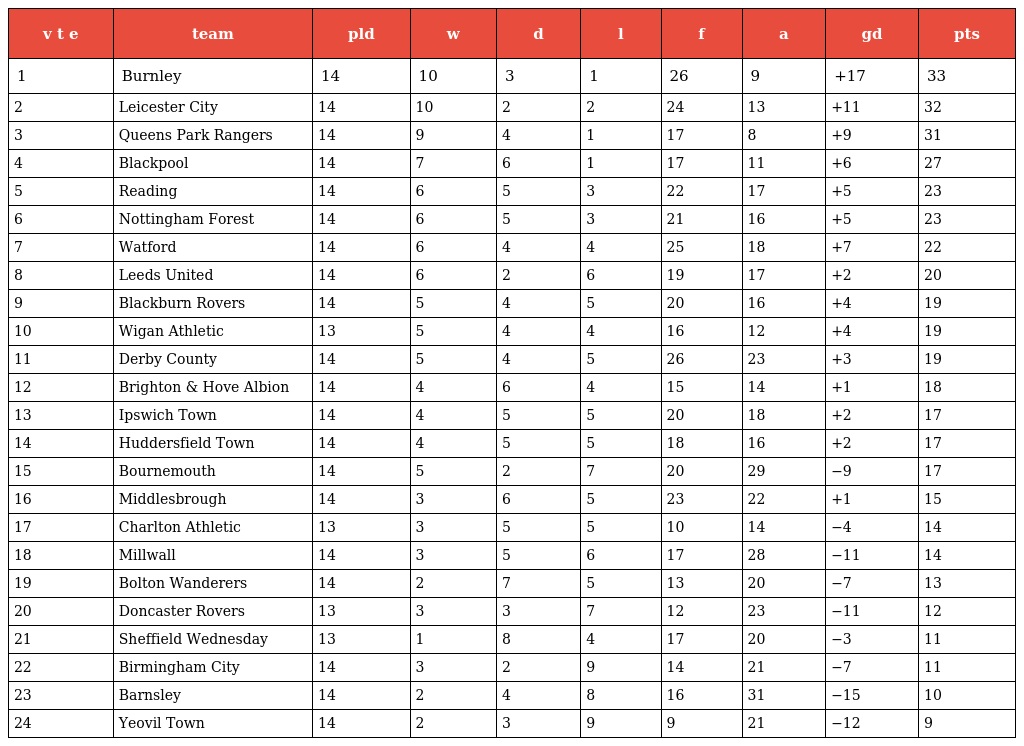
| v t e | team | pld | w | d | l | f | a | gd | pts |
 | --- | --- | --- | --- | --- | --- | --- | --- | --- | --- |
 | 1 | Burnley | 14 | 10 | 3 | 1 | 26 | 9 | +17 | 33 |
 | 2 | Leicester City | 14 | 10 | 2 | 2 | 24 | 13 | +11 | 32 |
 | 3 | Queens Park Rangers | 14 | 9 | 4 | 1 | 17 | 8 | +9 | 31 |
 | 4 | Blackpool | 14 | 7 | 6 | 1 | 17 | 11 | +6 | 27 |
 | 5 | Reading | 14 | 6 | 5 | 3 | 22 | 17 | +5 | 23 |
 | 6 | Nottingham Forest | 14 | 6 | 5 | 3 | 21 | 16 | +5 | 23 |
 | 7 | Watford | 14 | 6 | 4 | 4 | 25 | 18 | +7 | 22 |
 | 8 | Leeds United | 14 | 6 | 2 | 6 | 19 | 17 | +2 | 20 |
 | 9 | Blackburn Rovers | 14 | 5 | 4 | 5 | 20 | 16 | +4 | 19 |
 | 10 | Wigan Athletic | 13 | 5 | 4 | 4 | 16 | 12 | +4 | 19 |
 | 11 | Derby County | 14 | 5 | 4 | 5 | 26 | 23 | +3 | 19 |
 | 12 | Brighton & Hove Albion | 14 | 4 | 6 | 4 | 15 | 14 | +1 | 18 |
 | 13 | Ipswich Town | 14 | 4 | 5 | 5 | 20 | 18 | +2 | 17 |
 | 14 | Huddersfield Town | 14 | 4 | 5 | 5 | 18 | 16 | +2 | 17 |
 | 15 | Bournemouth | 14 | 5 | 2 | 7 | 20 | 29 | −9 | 17 |
 | 16 | Middlesbrough | 14 | 3 | 6 | 5 | 23 | 22 | +1 | 15 |
 | 17 | Charlton Athletic | 13 | 3 | 5 | 5 | 10 | 14 | −4 | 14 |
 | 18 | Millwall | 14 | 3 | 5 | 6 | 17 | 28 | −11 | 14 |
 | 19 | Bolton Wanderers | 14 | 2 | 7 | 5 | 13 | 20 | −7 | 13 |
 | 20 | Doncaster Rovers | 13 | 3 | 3 | 7 | 12 | 23 | −11 | 12 |
 | 21 | Sheffield Wednesday | 13 | 1 | 8 | 4 | 17 | 20 | −3 | 11 |
 | 22 | Birmingham City | 14 | 3 | 2 | 9 | 14 | 21 | −7 | 11 |
 | 23 | Barnsley | 14 | 2 | 4 | 8 | 16 | 31 | −15 | 10 |
 | 24 | Yeovil Town | 14 | 2 | 3 | 9 | 9 | 21 | −12 | 9 |